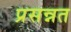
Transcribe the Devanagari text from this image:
प्रसन्नत